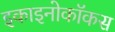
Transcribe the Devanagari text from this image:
इकाइनोकॉकस